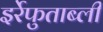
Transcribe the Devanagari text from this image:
इर्रेफुताब्ली